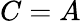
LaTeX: C=A